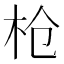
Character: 枪